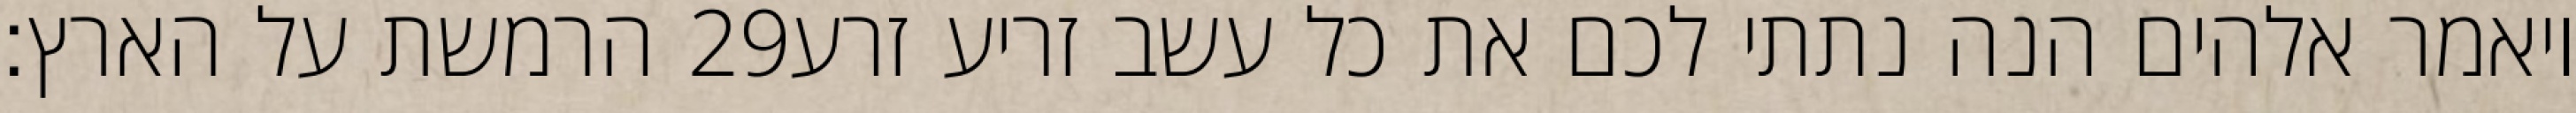
הרמשת על הארץ׃ ‎29‏ ויאמר אלהים הנה נתתי לכם את כל עשב זריע זרע